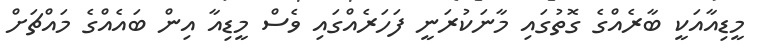
މީޑިއާއަކީ ބާރެއްގެ ގޮތުގައި މާނަކުރަނީ ފަހަރެއްގައި ވެސް މީޑިއާ އިން ބައެއްގެ މައްޗަށް